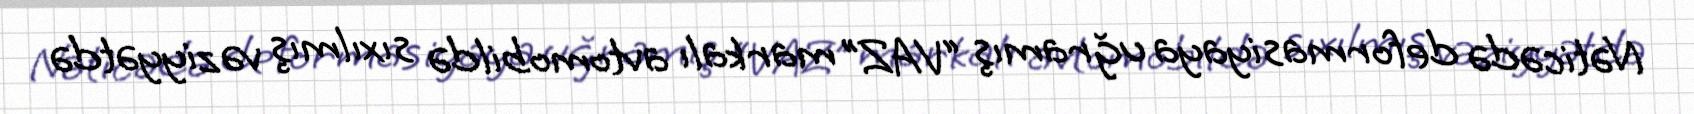
Nəticədə deformasiyaya uğramış “VAZ” markalı avtomobildə sıxılmış vəziyyətdə